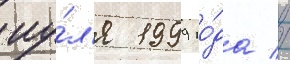
иу́л'я 1999 го́да //